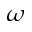
\omega